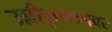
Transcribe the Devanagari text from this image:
उन्नीकृष्णन्‌वर